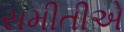
સમીતીએ